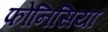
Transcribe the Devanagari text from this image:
फोनिसिया